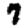
Digit: 7